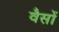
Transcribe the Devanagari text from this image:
वैसों